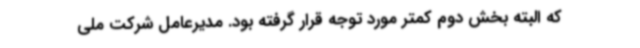
که البته بخش دوم کمتر مورد توجه قرار گرفته بود. مدیرعامل شرکت ملی